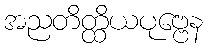
အညတိတ္ထိယပုဗ္ဗေန